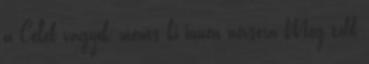
a Celeb vagyok, ments ki innen névsora Még több